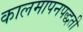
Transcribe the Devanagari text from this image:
कालमापनपद्धती